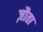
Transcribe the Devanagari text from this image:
ज़ौता